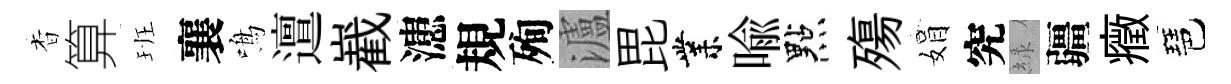
杳算班襄鳴邅嶻漶規殉瀘毘業喩點殤娟究緑疆癥琶